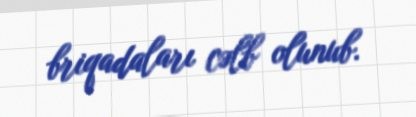
briqadaları cəlb olunub.